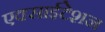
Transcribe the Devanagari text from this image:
एक्साईटेशन